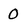
Character: 0